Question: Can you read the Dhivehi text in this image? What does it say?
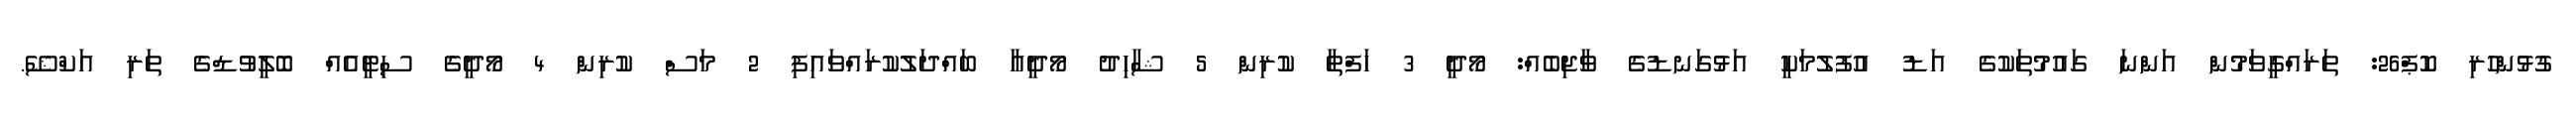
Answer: ގުޅުންހުރި ކޮޕް26: ތަރައްގީވަމުން އަންނަ ގައުމުތަކުގެ އަޑު އުފުލުމަކީ އަޅުގަނޑުގެ ވާޖިބެއް: މޯދީ 3 ހަފްތާ ކުރިން 5 ޝާހިދު މޯދީއާ ބައްދަލުކުރައްވައިފި 2 މަސް ކުރިން 4 މޯދީގެ ސިޓީއެއް ބޮލީވުޑްގެ ތަރި އަކްޝޭ.